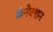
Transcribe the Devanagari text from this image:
कंनेक्शन